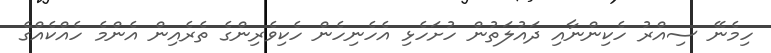
ހިމެނޭ ސިއްރު ހެކިންނާއި ދައުލަތުން ހުށަހެޅި އެހެނިހެން ހެކިވެރިންގެ ތެރެއިން އެންމެ ހެއްކެއްގެ